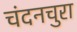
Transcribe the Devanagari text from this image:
चंदनचुरा